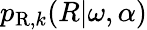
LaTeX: p_{\mathrm{R},k}(R\vert\omega,\alpha)